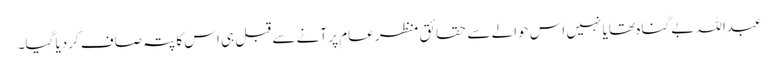
عبداللہ بے گناہ تھا یا نہیں اس حوالے سے حقائق منظر عام پر آنے سے قبل ہی اس کا پتہ صاف کردیا گیا۔